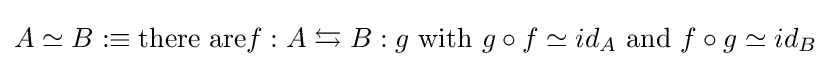
A\simeq B:\equiv {\text{there are}}f:A\leftrightarrows B:g\ {\text{with}}\ g\circ f\simeq id_{A}\ {\text{and}}\ f\circ g\simeq id_{B}